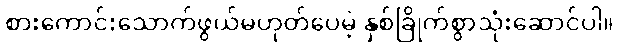
စားကောင်းသောက်ဖွယ်မဟုတ်ပေမဲ့ နှစ်ခြိုက်စွာသုံးဆောင်ပါ။